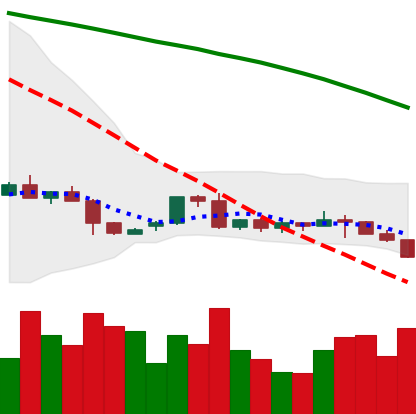
Ticker: LTC-USD
Chart end date: 2022-06-10
Forward return: -10.884%
Label: down_7plus